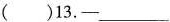
（）13——___